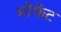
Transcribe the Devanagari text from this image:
मोफेट